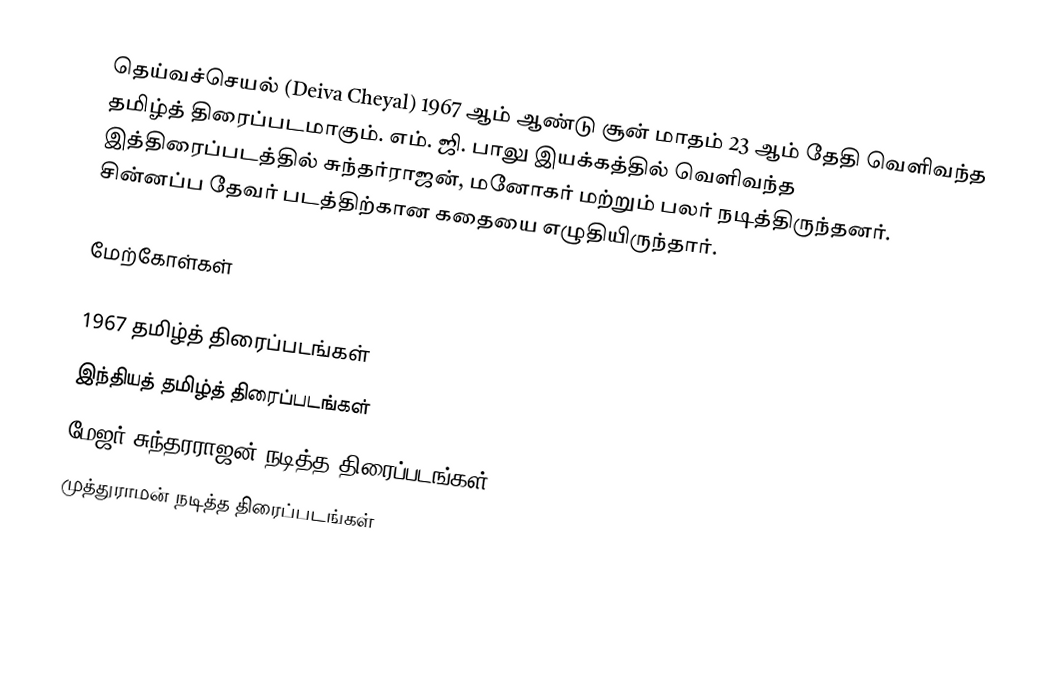
தெய்வச்செயல் (Deiva Cheyal) 1967 ஆம் ஆண்டு சூன் மாதம் 23 ஆம் தேதி வெளிவந்த தமிழ்த் திரைப்படமாகும். எம். ஜி. பாலு இயக்கத்தில் வெளிவந்த இத்திரைப்படத்தில் சுந்தர்ராஜன், மனோகர் மற்றும் பலர் நடித்திருந்தனர். சின்னப்ப தேவர் படத்திற்கான கதையை எழுதியிருந்தார்.

மேற்கோள்கள்

1967 தமிழ்த் திரைப்படங்கள்
இந்தியத் தமிழ்த் திரைப்படங்கள்
மேஜர் சுந்தரராஜன் நடித்த திரைப்படங்கள்
முத்துராமன் நடித்த திரைப்படங்கள்